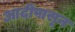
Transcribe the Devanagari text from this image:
आदींपासून